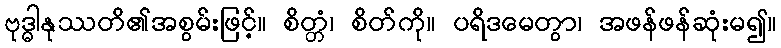
ဗုဒ္ဓါနုဿတိ၏အစွမ်းဖြင့်။ စိတ္တံ၊ စိတ်ကို။ ပရိဒမေတွာ၊ အဖန်ဖန်ဆုံးမ၍။